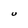
Character: U